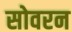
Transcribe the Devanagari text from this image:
सोवरन